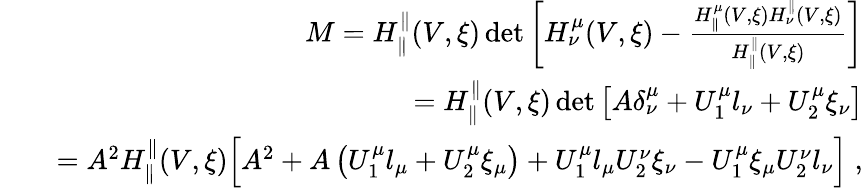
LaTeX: \begin{array}{rlr}&{}&{M=H_{\parallel}^{\parallel}(V,\xi)\operatorname*{det}\left[\begin{array}{l}{H_{\nu}^{\mu}(V,\xi)-\frac{H_{\parallel}^{\mu}(V,\xi)H_{\nu}^{\parallel}(V,\xi)}{H_{\parallel}^{\parallel}(V,\xi)}}\end{array}\right]}\\ &{}&{=H_{\parallel}^{\parallel}(V,\xi)\operatorname*{det}\left[A\delta_{\nu}^{\mu}+U_{1}^{\mu}l_{\nu}+U_{2}^{\mu}\xi_{\nu}\right]}\\ &{}&{=A^{2}H_{\parallel}^{\parallel}(V,\xi)\Big[A^{2}+A\left(U_{1}^{\mu}l_{\mu}+U_{2}^{\mu}\xi_{\mu}\right)+U_{1}^{\mu}l_{\mu}U_{2}^{\nu}\xi_{\nu}-U_{1}^{\mu}\xi_{\mu}U_{2}^{\nu}l_{\nu}\Big]\; ,}\end{array}